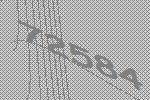
72584